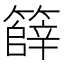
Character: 𮆞